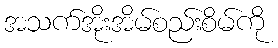
အသက်အိုးအိမ်စည်းစိမ်ကို